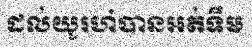
ដល់យូរហ៎បានអត់ទឹម